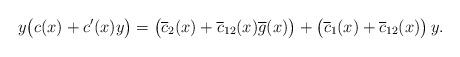
LaTeX: \begin{align*}y\big(c(x)+c'(x)y\big)=\big(\overline c_2(x) +\overline c_{12}(x)\overline g(x)\big) + \big(\overline c_1(x)+\overline c_{12}(x)\big)\,y.\end{align*}